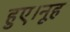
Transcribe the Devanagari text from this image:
हुए।नूह